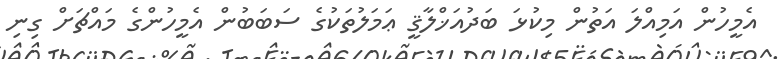
އެމީހުން އަމިއްލަ އަތުން މިކުޅަ ބަދުއަޚްލާޤީީ ޢަމަލުތަކުގެ ސަބަބުން އެމީހުންގެ މައްޗަށް ގިނި